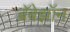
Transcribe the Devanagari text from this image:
ब्रॅबेझॉन